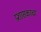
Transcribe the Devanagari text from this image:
प्रशासकाचा